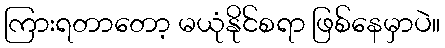
ကြားရတာတော့ မယုံနိုင်စရာ ဖြစ်နေမှာပဲ။